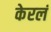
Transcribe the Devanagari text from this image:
केरलं